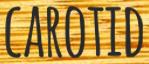
CAROTID